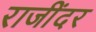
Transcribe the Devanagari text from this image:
राजींदर